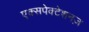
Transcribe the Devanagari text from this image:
एक्सपेक्टेशनज़